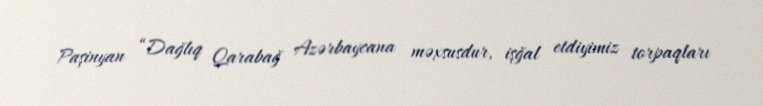
Paşinyan “Dağlıq Qarabağ Azərbaycana məxsusdur, işğal etdiyimiz torpaqları